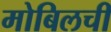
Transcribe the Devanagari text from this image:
मोबिलची